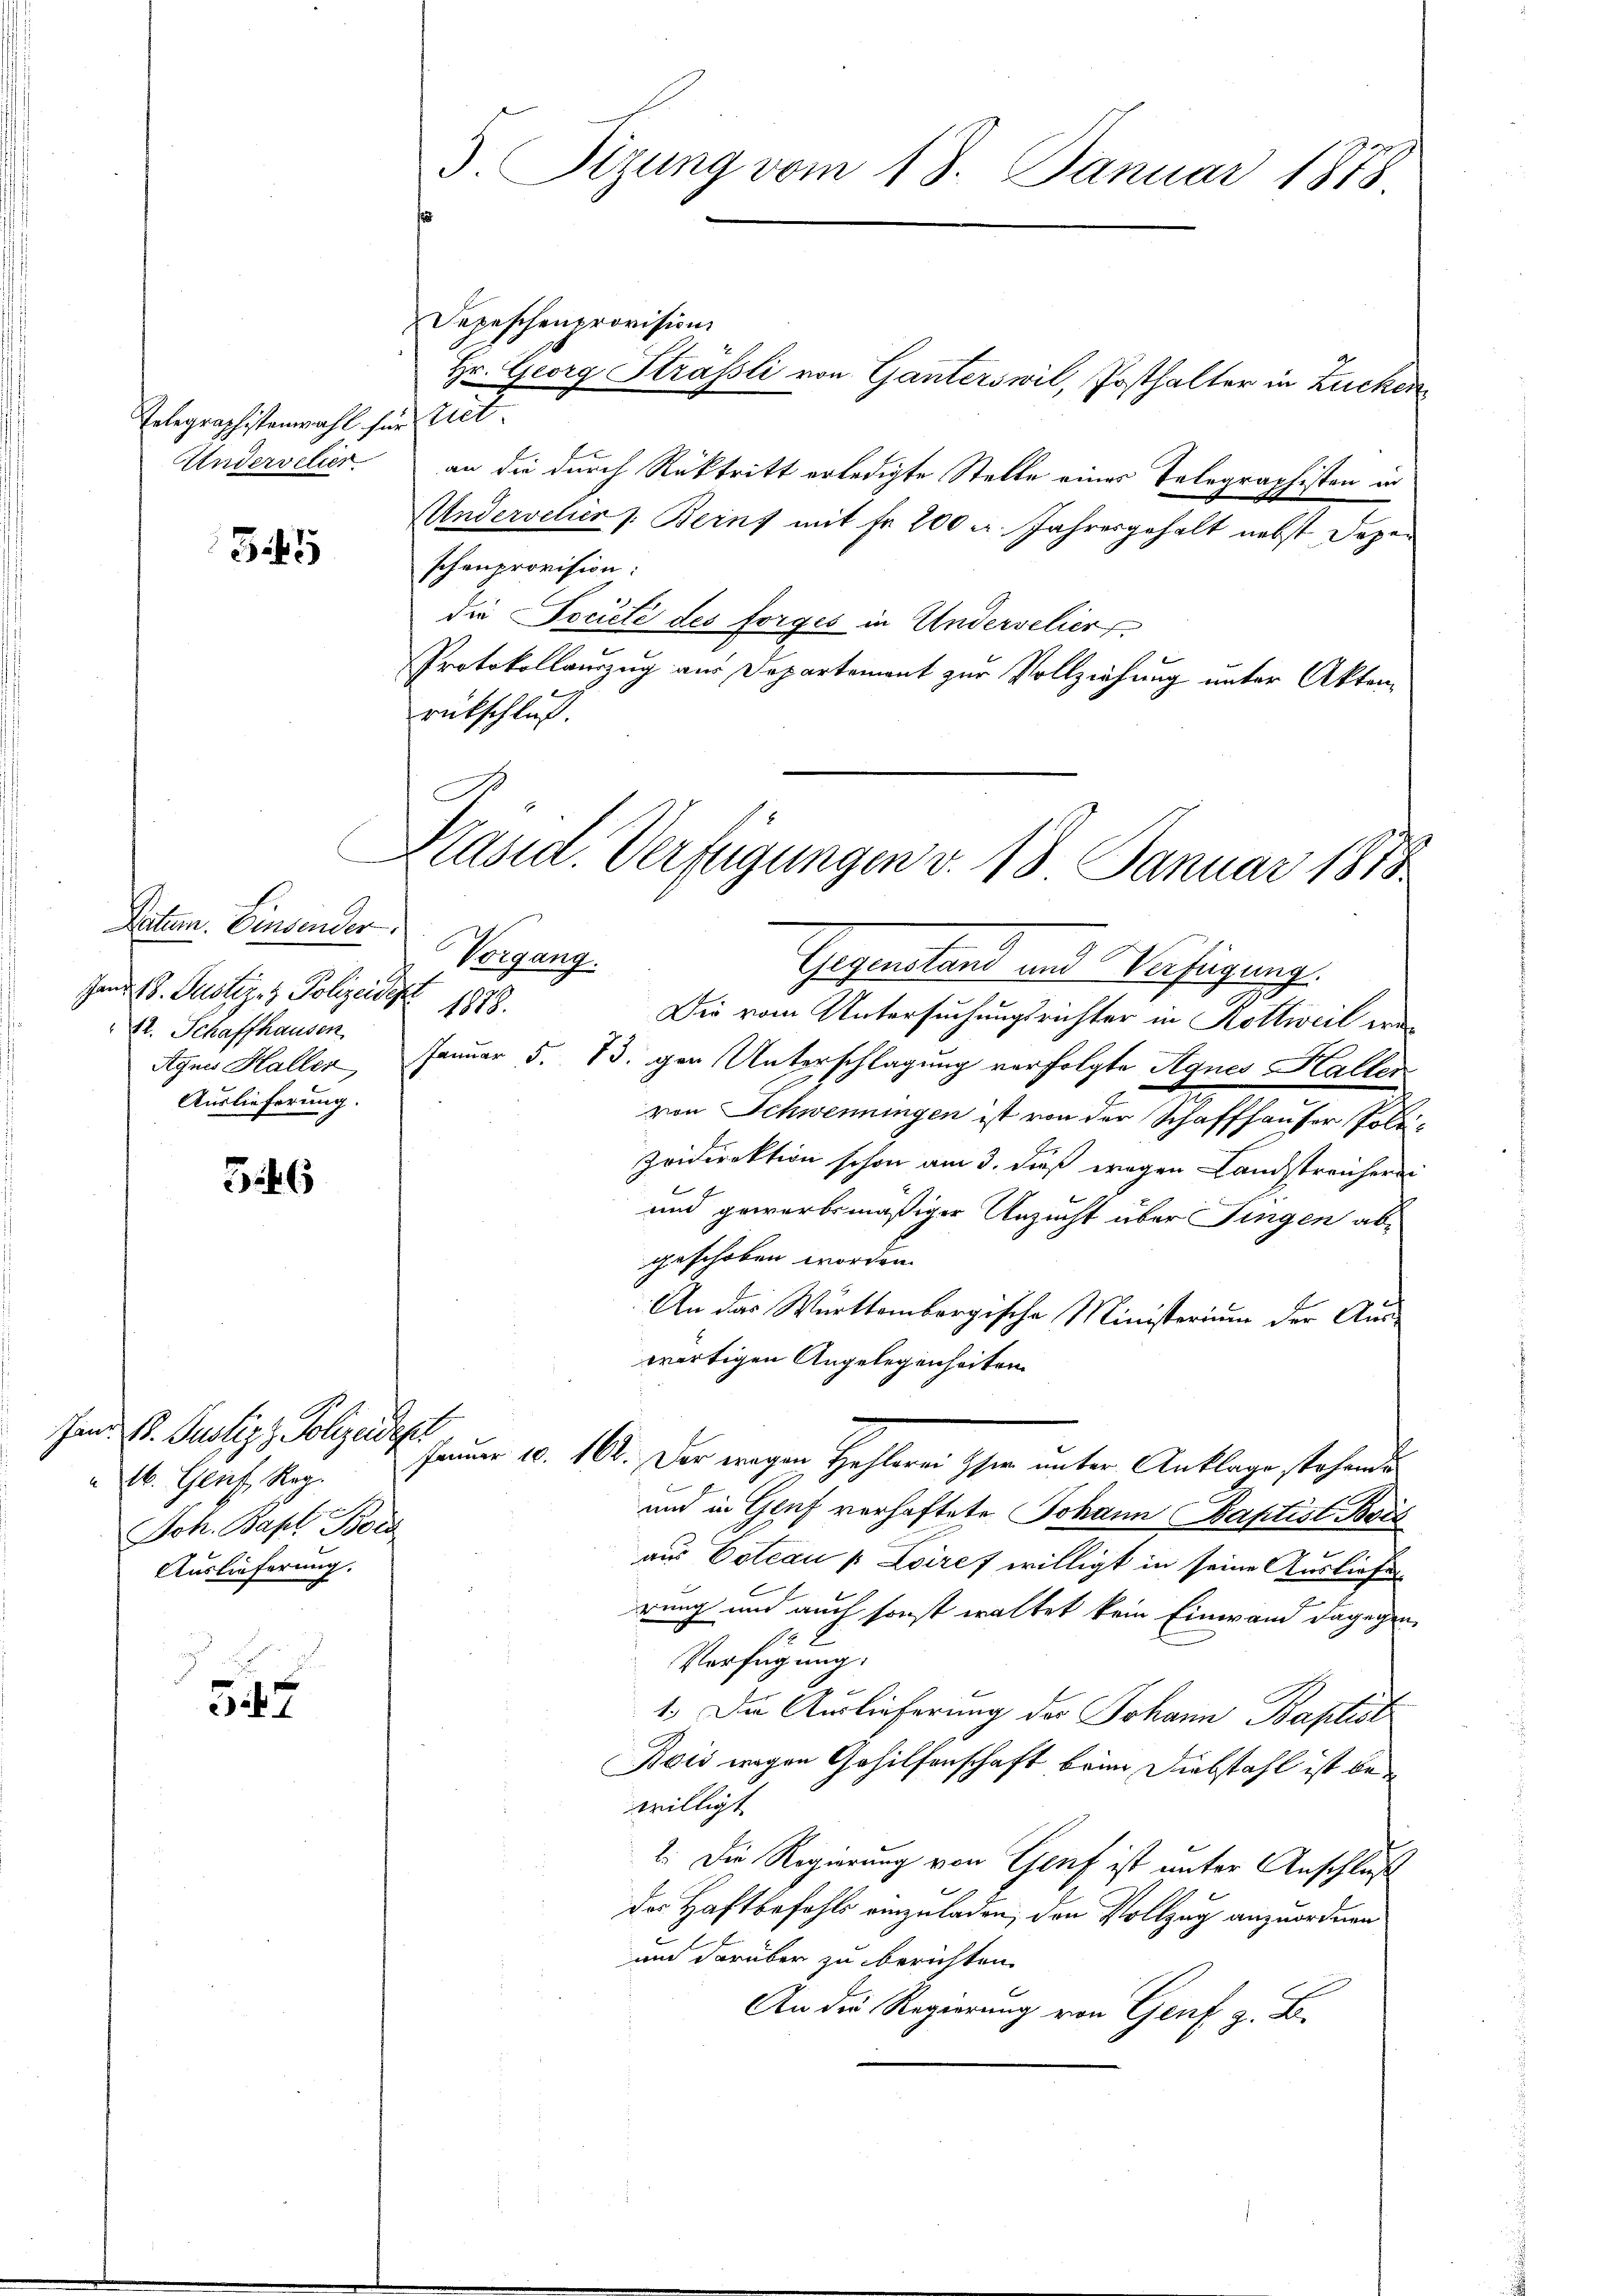
Telegraphistenmahl sein tret
Undervetier

3.45

Datum. Einsender.
Hand 18. Justizez Polizeide,
82. Schaffhausen
Agnes Haller
Auslieferung.

546

Hand St. Justiz & Polizeidepl
b. Genf, Reg.
Joh. Bapt. Bord
Auslieferung.

547

3. Sizung vom 18. Januar 1878

e
Präsid. Verfügungen v. 18. Januar 1878

Vorgang.
Gegenstand und Verfügung.
1878.
Die vom Untersuchungsrichter in Kottweil we¬
Januar d. 13. gar Unterschlagung verfolgte Agnes Haller.
von Schwemmungen ist von der Schaffhausen Polizeidirektion schon am 3. dieß wegen Landstreichern
und gewerbsmäßiger Unzucht über Fingen abgeschoben worden.
An das Württembergische Ministerium der Auswärtigen Angelegenheiten
Jammer u. 162. Der wegen Hehlerei her unter Anklage stehende
und in Genf verhaftete Johann Baptist Bois
e
aus Cotcau  Loires willigt in seine Ausliefe
rung und auch sonst waltet kein Einwand dagegen
Verfügung:
1.) Die Auslieferung der Johann Baptist
Bois wegen Gehilfenschaft beim Diebstahl ist bewilligt.
2. Die Regierung von Genf ist unter Anschluß
des Haftbefehls einzuladen, den Vollzug anzuordnen.
und darüber zu berichten.
An die Regierung von Genf z. B.

Depeschenprovision
Hr. Georg Strassli von Ganterswil, Posthalter in Zucken
an die durch Rücktritt erledigte Stelle eines Telegraphisten in
Andervelier s. Berns mit Fr. 200 u. Jahresgehalt nebst Depeschenprovision:
die Societé des forges in Undervelier
Protokollauszug aus Departement zur Vollziehung unter Aktenrückschluß.